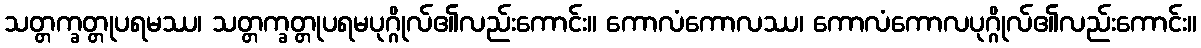
သတ္တက္ခတ္တုပရမဿ၊ သတ္တက္ခတ္တုပရမပုဂ္ဂိုလ်၏လည်းကောင်း။ ကောလံကောလဿ၊ ကောလံကောလပုဂ္ဂိုလ်၏လည်းကောင်း။